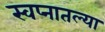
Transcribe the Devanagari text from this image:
स्वप्नातल्या